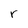
Character: r